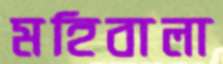
মহিবালা